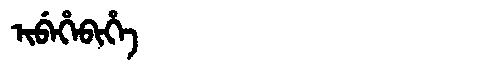
Manchu: ᡳᠪᡝᡥᡝᠪᡳᡥᡝ
Romanization: IBEHEBIHE